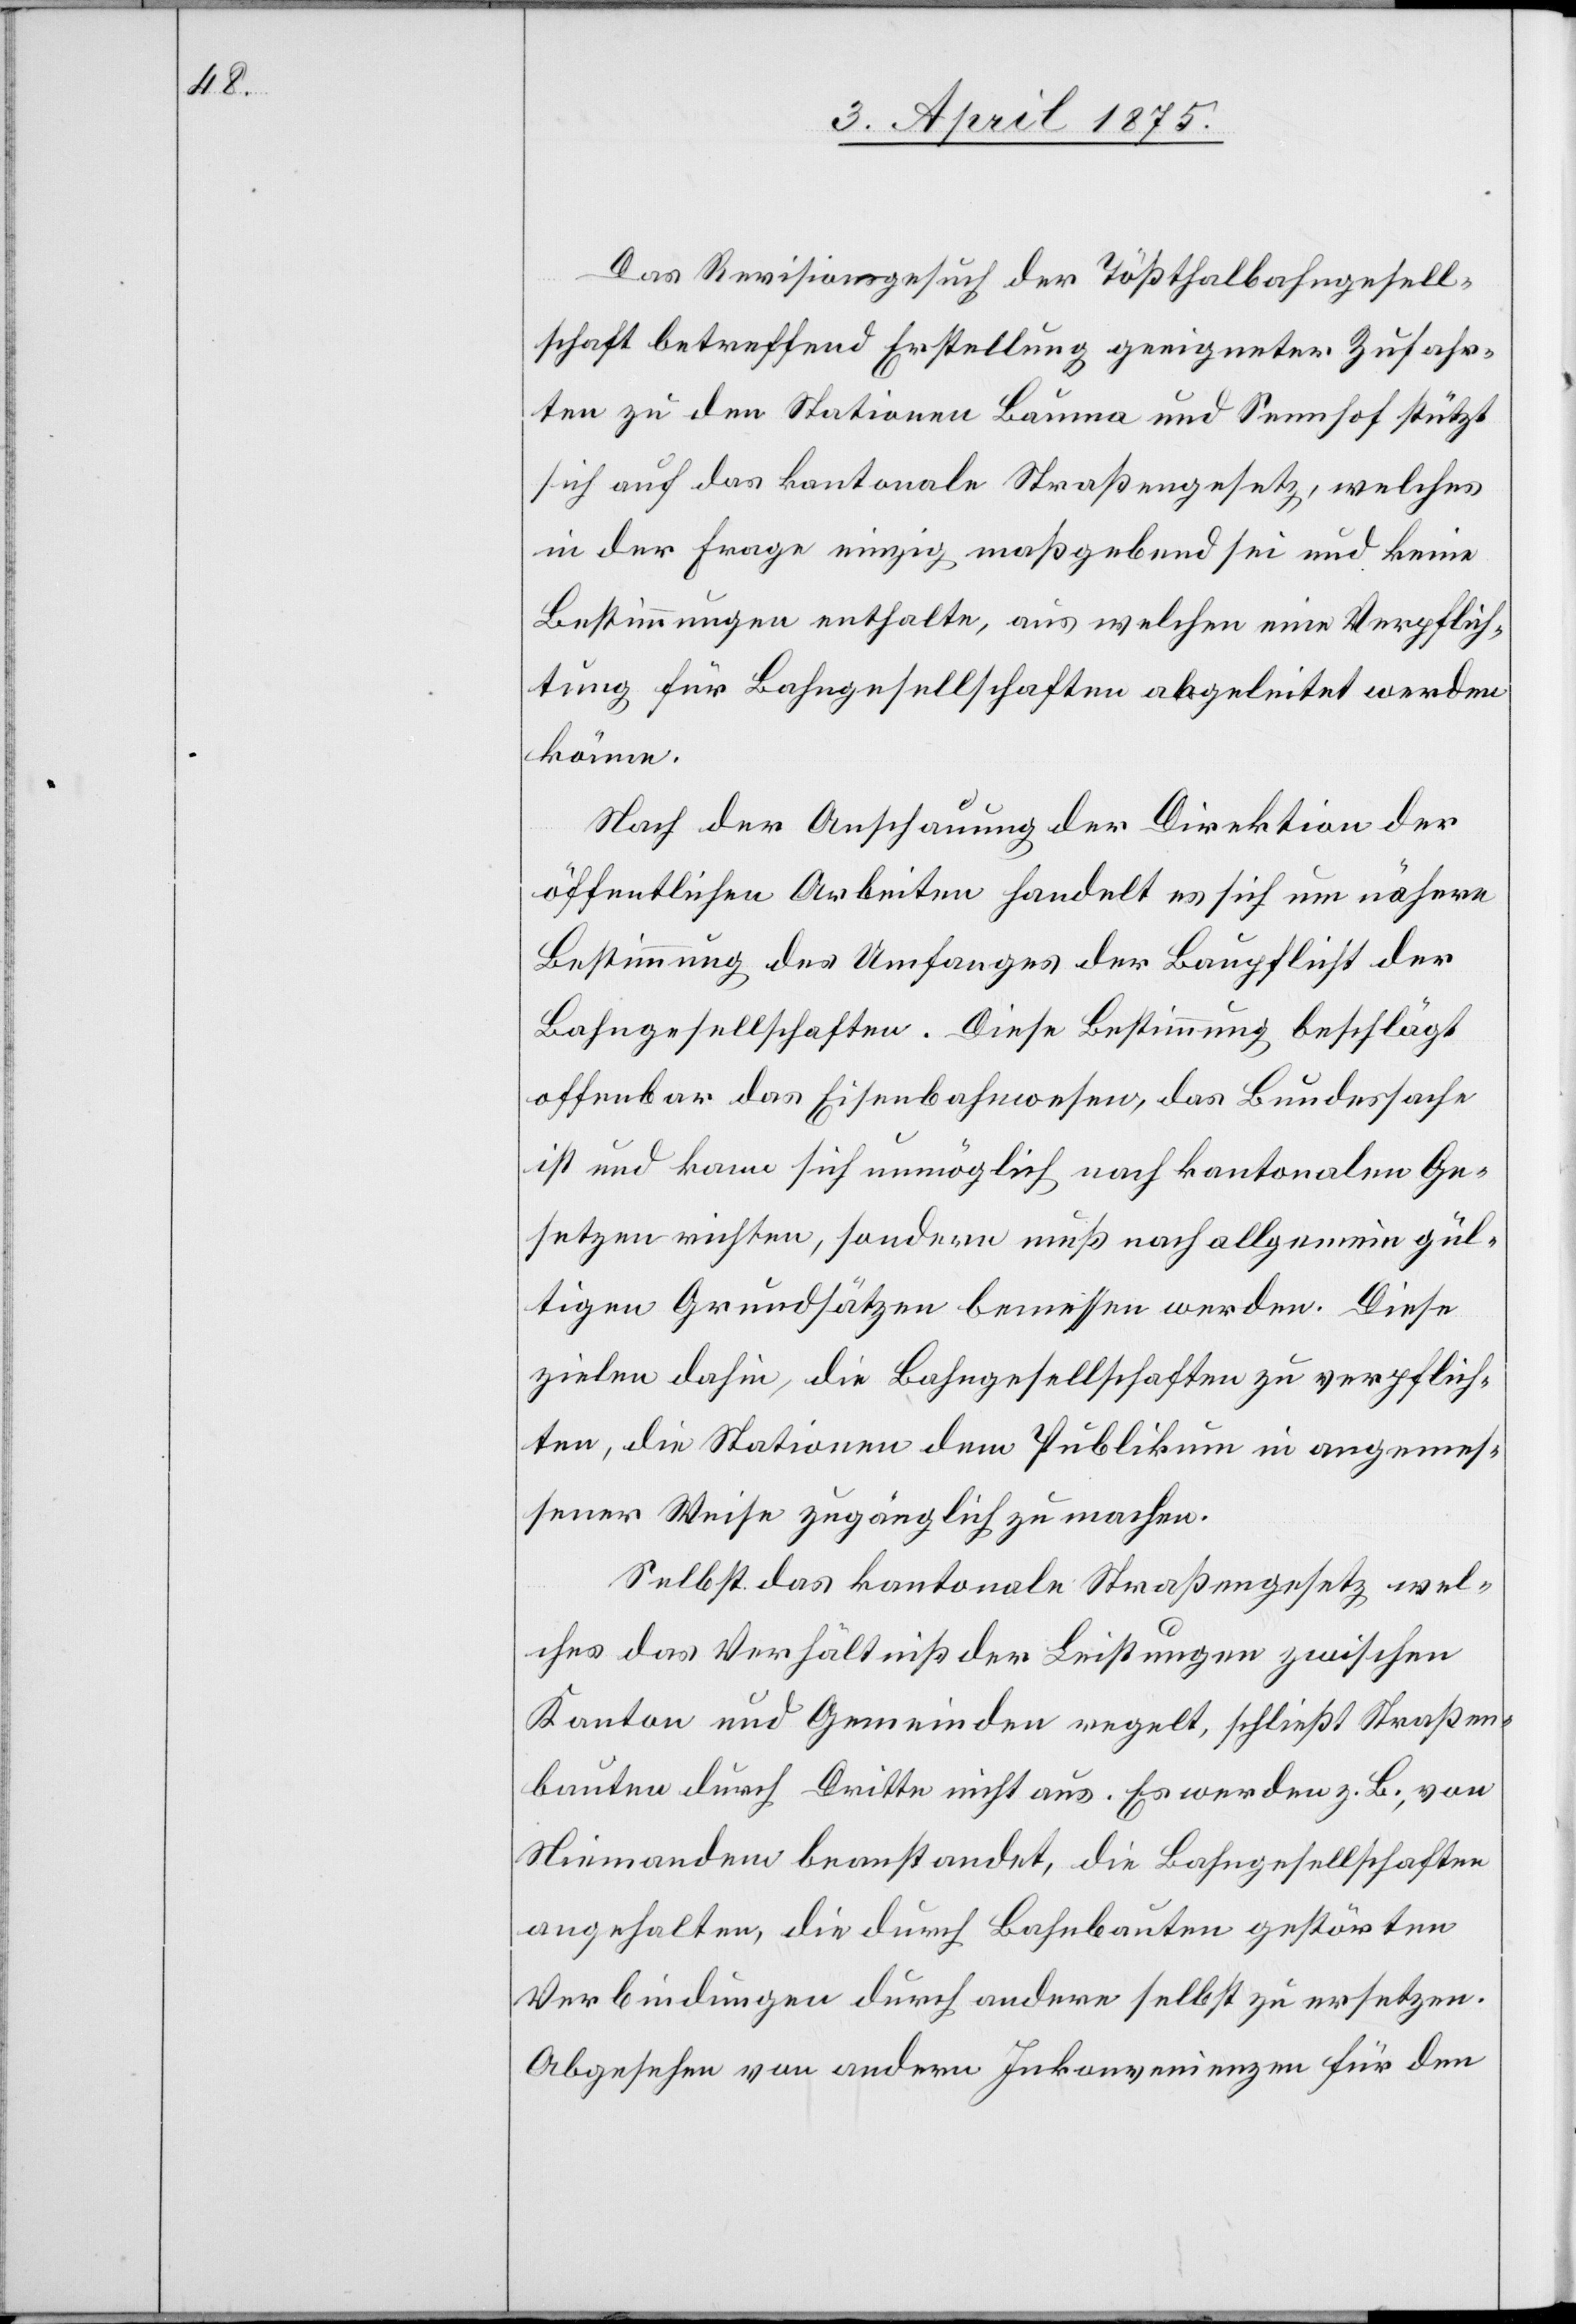
Das Revisionsgesuch der Tößthalbahngesell¬
schaft betreffend Erstellung geeigneter Zufahr¬
ten zu den Stationen Bauma und Sennhof stützt
sich auf das kantonale Straßengesetz, welches
in der Frage einzig maßgebend sei und keine
Bestimmungen enthalte, aus welchen eine Verpflich¬
tung für Bahngesellschaften abgeleitet werden
könne.
Nach der Anschauung der Direktion der
öffentlichen Arbeiten handelt es sich um nähere
Bestimmung des Umfanges der Baupflicht der
Bahngesellschaften. Diese Bestimmung beschlägt
offenbar das Eisenbahnwesen, das Bundessache
ist und kann sich unmöglich nach kantonalen Ge¬
setzen richten, sondern muß nach allgemein gül¬
tigen Grundsätzen bemessen werden. Diese
zielen dahin, die Bahngesellschaften zu verpflich¬
ten, die Stationen dem Publikum in angemes¬
sener Wiese zugänglich zu machen.
Selbst das kantonale Straßengesetz wel¬
ches das Verhältniß der Leistungen zwischen
Kanton und Gemeinden regelt, schließt Straßen¬
bauten durch Dritte nicht aus. Es werden z. B., von
Niemandem beanstandet, die Bahngesellschaften
angehalten, die durch Bahnbauten gestörten
Verbindungen durch andere selbst zu ersetzen.
Abgesehen von andern Inkonvenienzen für den